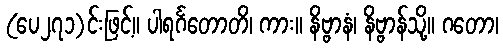
(ပေ၂၇၁)င်းဖြင့်။ ပါရင်္ဂတောတိ၊ ကား။ နိဗ္ဗာနံ၊ နိဗ္ဗာန်သို့။ ဂတော၊